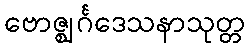
ဗောဇ္ဈင်္ဂဒေသနာသုတ္တ